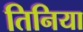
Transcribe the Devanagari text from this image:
तिनिया